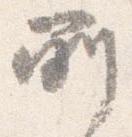
所